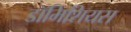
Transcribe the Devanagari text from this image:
डॉमिशियस